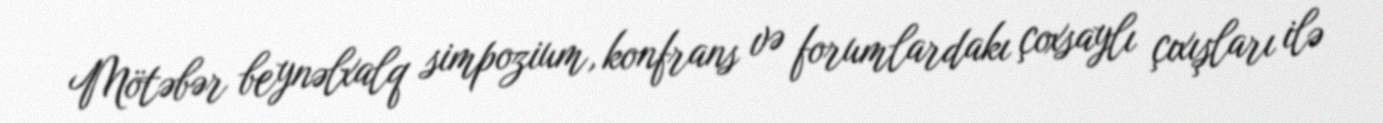
Mötəbər beynəlxalq simpozium, konfrans və forumlardakı çoxsaylı çıxışları ilə